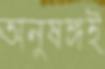
অনুষঙ্গই